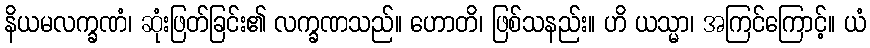
နိယမလက္ခဏံ၊ ဆုံးဖြတ်ခြင်း၏ လက္ခဏသည်။ ဟောတိ၊ ဖြစ်သနည်း။ ဟိ ယသ္မာ၊ အကြင်ကြောင့်။ ယံ